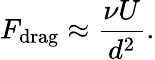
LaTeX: F_{\mathrm{drag}}\approx\frac{\nu U}{d^{2}}.